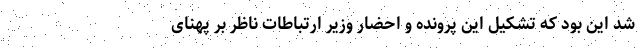
شد این بود که تشکیل این پرونده و احضار وزیر ارتباطات ناظر بر پهنای